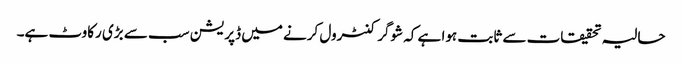
حالیہ تحقیقات سے ثابت ہوا ہے کہ شوگر کنٹرول کرنے میں ڈپریشن سب سے بڑی رکاوٹ ہے۔